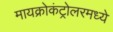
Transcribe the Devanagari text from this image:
मायक्रोकंट्रोलरमध्ये